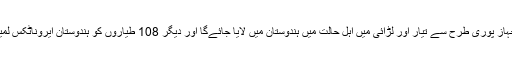
یہ طے کیا گیا تھا کہ 126 میں سے 18 ہوائی جہاز پوری طرح سے تیار اور لڑائی میں اہل حالت میں ہندوستان میں لایا جائے‌گا اور دیگر 108 طیاروں کو ہندوستان ایروناٹکس لمیٹڈ کے ساتھ مل‌کر ہندوستان میں تیار کیا جائے‌گا۔